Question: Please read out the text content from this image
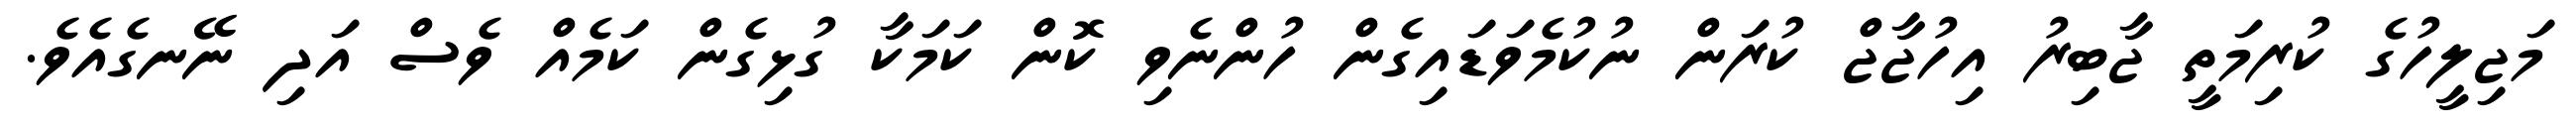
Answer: މަޖިލީހުގެ ކުރިމަތީ ޖާބިރު އިހުޖާޖް ކުރަން ނުކުމެވަޑައިގެން ހުންނެވި ކޮން ކަމަކާ ގުޅިގެން ކަމެއް ވެސް އަދި ނޭނގެއެވެ.